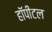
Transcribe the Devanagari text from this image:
हॉपीटल